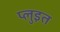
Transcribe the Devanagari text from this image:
प्लुइत